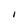
Character: I